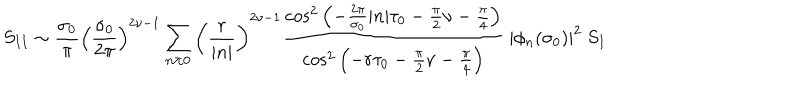
LaTeX: S _ { I I } \sim \frac { \sigma _ { 0 } } { \pi } \left( \frac { \sigma _ { 0 } } { 2 \pi } \right) ^ { 2 \nu - 1 } \sum _ { n \neq 0 } ^ { } \left( \frac { r } { | n | } \right) ^ { 2 \nu - 1 } \frac { { \cos } ^ { 2 } \left( - \frac { 2 \pi } { \sigma _ { 0 } } | n | \tau _ { 0 } - \frac { \pi } { 2 } \nu - \frac { \pi } { 4 } \right) } { { \cos } ^ { 2 } \left( - r \tau _ { 0 } - \frac { \pi } { 2 } \nu - \frac { \pi } { 4 } \right) } ~ | \phi _ { n } ( \sigma _ { 0 } ) | ^ { 2 } ~ S _ { I }